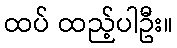
ထပ် ထည့်ပါဦး။